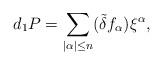
LaTeX: \begin{align*}d_{1}P=\sum_{|\alpha|\leq n}(\tilde{\delta}f_{\alpha})\xi^{\alpha},\end{align*}